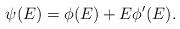
LaTeX: \begin{align*}\psi(E) = \phi(E) + E\phi'(E).\end{align*}